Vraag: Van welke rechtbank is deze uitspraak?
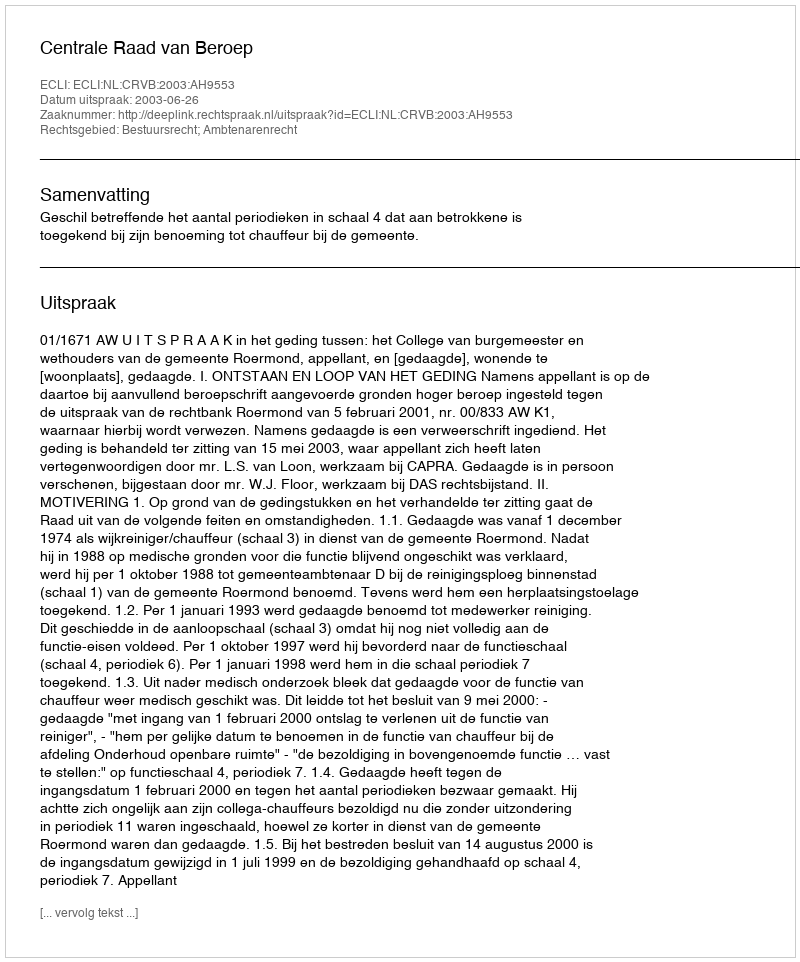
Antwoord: Centrale Raad van Beroep